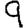
Digit: 9